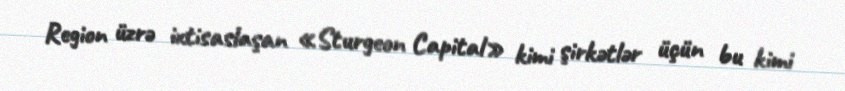
Region üzrə ixtisaslaşan «Sturgeon Capital» kimi şirkətlər üçün bu kimi